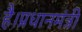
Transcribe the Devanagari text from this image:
है।प्रधानमंत्री